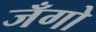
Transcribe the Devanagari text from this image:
जँगो